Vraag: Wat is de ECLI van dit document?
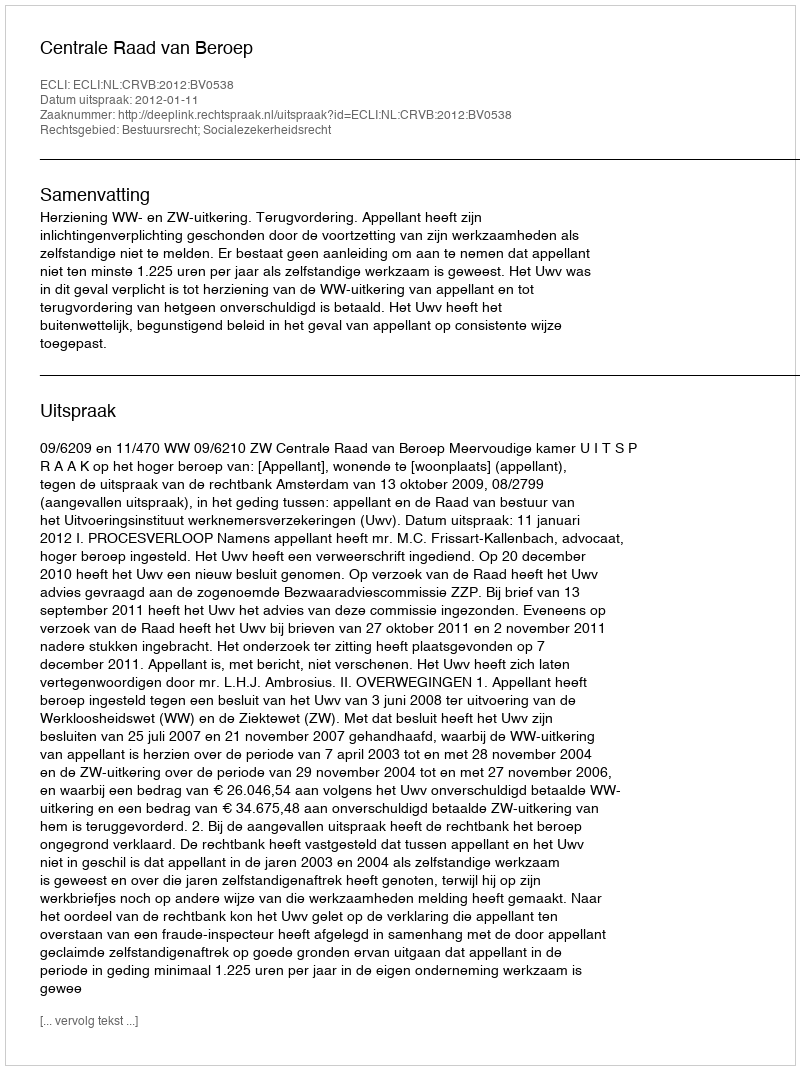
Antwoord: ECLI:NL:CRVB:2012:BV0538